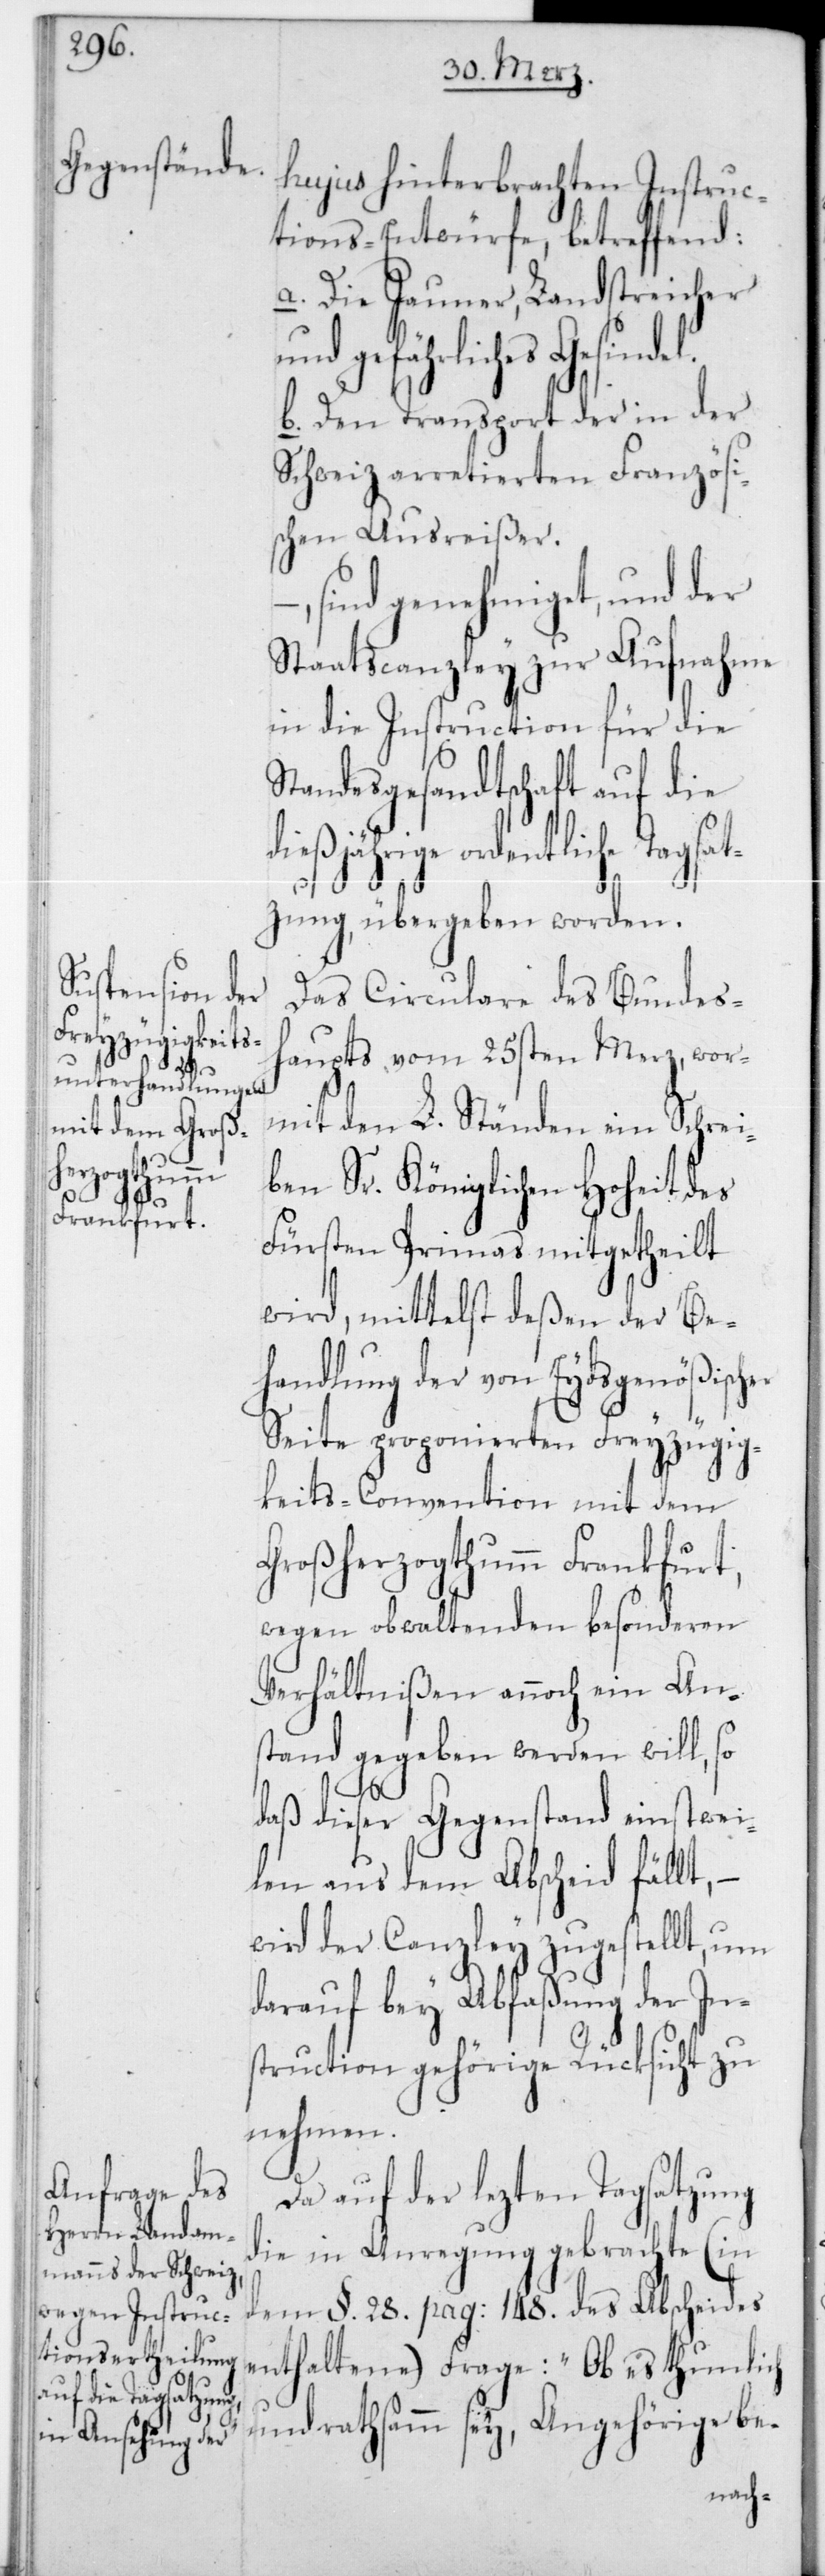
indel;

hujus hinterbrachten Instruc¬
tions-Entwürfe, betreffend:
a. Die Jauner, Landstreicher
und gefährliches Ges¬
b. Den Transport der in der
Schweiz arretierten Französi¬
schen Ausreißer.
sind genehmiget, und der
Staatscanzley zur Aufnahme
in die Instruction für die
Standesgesandtschaft auf die
dießjährige ordentliche Tagsa¬
tzung, übergeben worden.
Das Circulare des Bundes¬
haupts vom 25sten Merz, wor¬
mit den L. Ständen im Schrei¬
ben Sr. Königlichen Hoheit des
Fürsten Primas mitgetheilt
wird, mittelst deßen der Be¬
handlung der von Eydsgenößisch¬
Seite proponierten Freyzügig¬
keits-Convention mit dem
Großherzogthumm Frankfurt,
wegen obwaltenden besonderen
Verhältnißen annoch ein An¬
stand gegeben werden will, so
er
daß dieser Gegenstand einstwei¬
len aus dem Abscheid fällt,
wird der Canzley zugestellt, um
darauf bey Abfaßung der In¬
struction gehörige Rücksicht zu
nehmen.
Da auf der lezten Tagsatzung
die in Anregung gebrachte (in
dem § 28 pag. 148 des Abscheides
enthaltene) Frage: „Ob es thunlich
und rathsam sey, Angehörige be-